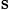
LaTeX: _\mathrm{s}